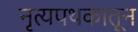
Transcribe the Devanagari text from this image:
नृत्यपथकातून